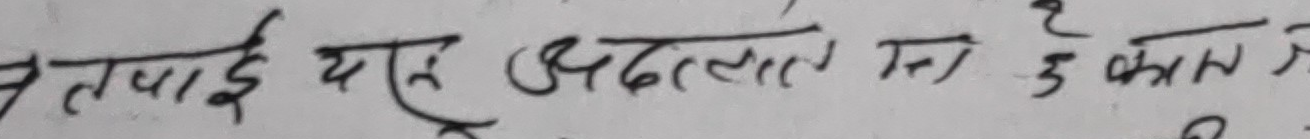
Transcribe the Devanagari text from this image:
तपाईं यस अदालतमा ले कुरा